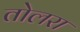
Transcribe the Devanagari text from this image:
तोलरा